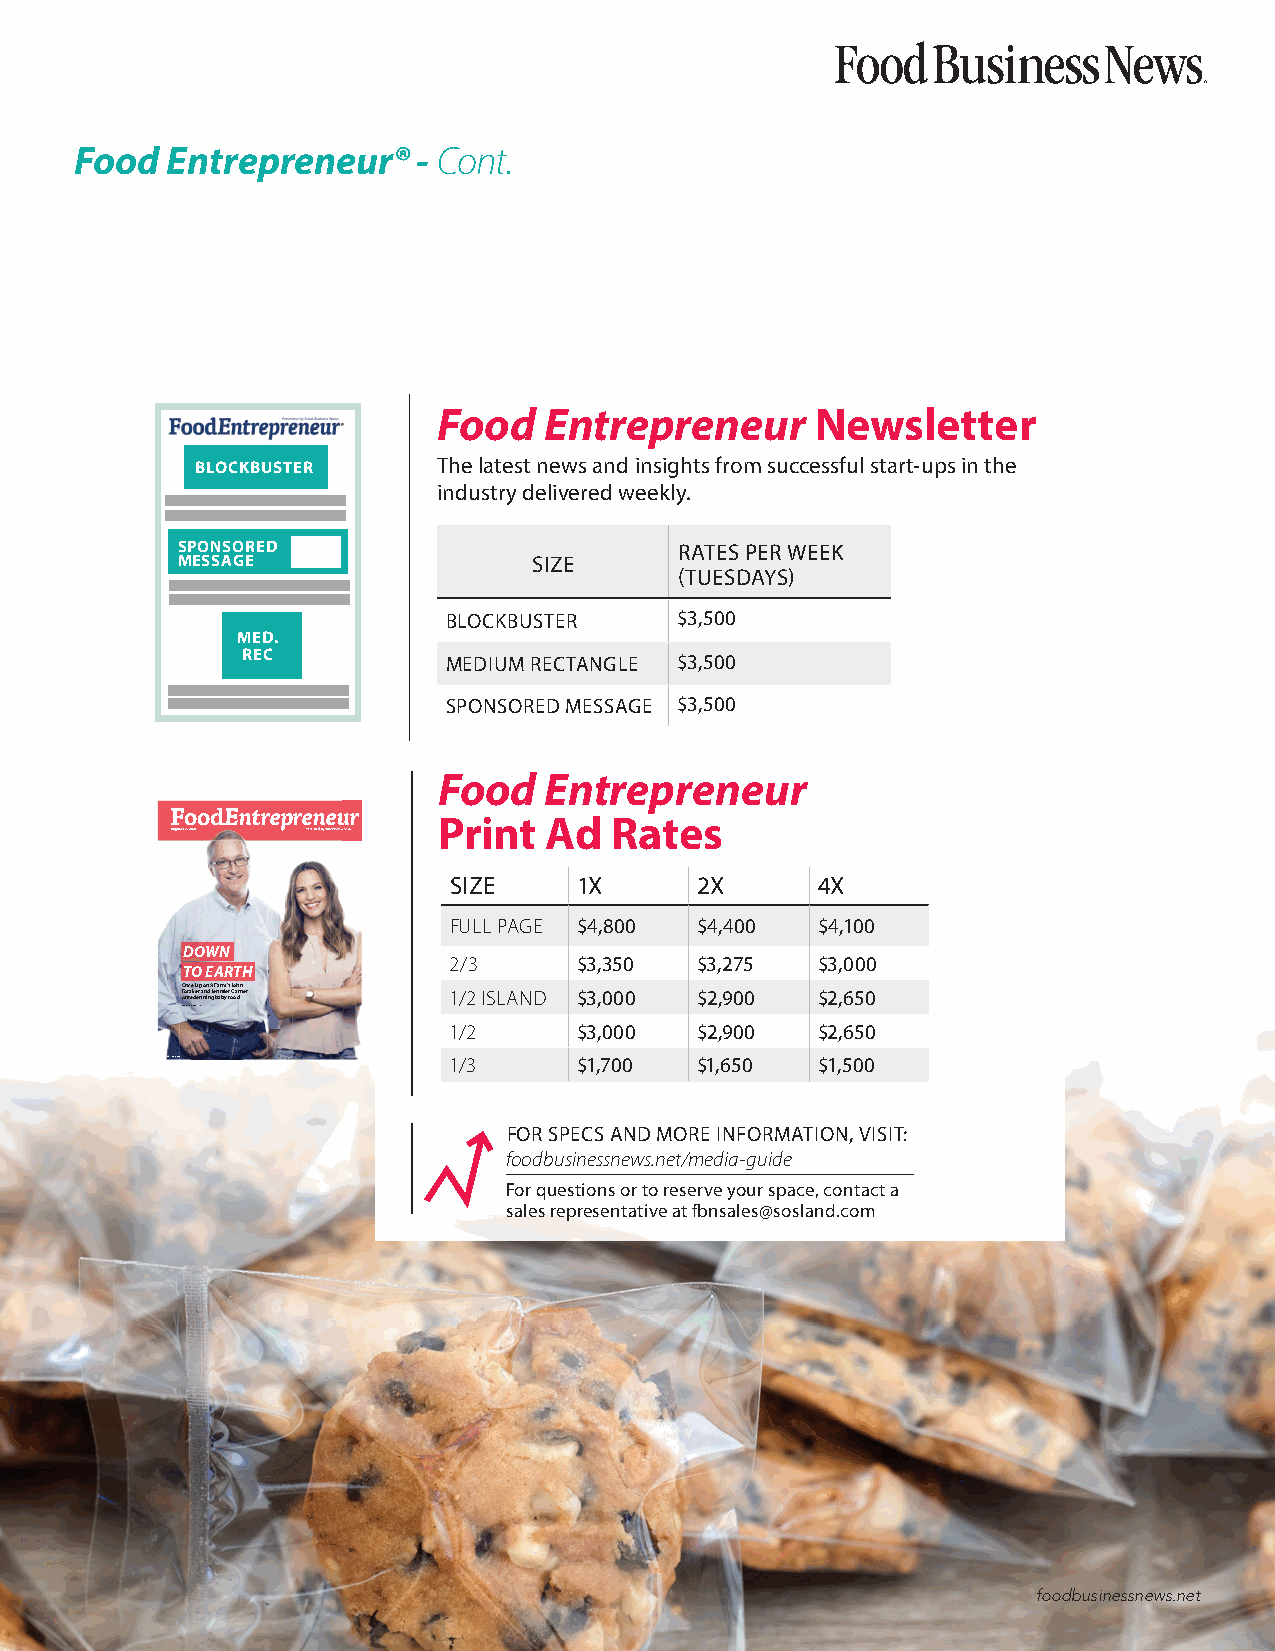
Food  Entrepreneur®    - Cont.
 Food   Entrepreneur      Newsletter
 BLOCKBUSTER     The latest news and insights from successful start-ups in the
 industry delivered weekly.
 SPONSORED                        RATES PER WEEK
 MESSAGE                SIZE
 (TUESDAYS)
 BLOCKBUSTER    $3,500
 MED.
 REC           MEDIUM RECTANGLE $3,500
 SPONSORED MESSAGE $3,500
 Food   Entrepreneur
 FoodEntrepreneur  Print  Ad  Rates
 August 17, 2021 Presented by Food Business News
 SIZE    1X      2X      4X
 FULL PAGE $4,800 $4,400 $4,100
 DOWN
 2/3     $3,350  $3,275  $3,000
 TO EARTH
 OFoonnr c raeekd eU erp fia o nnn idn A gJe F bna anr bmifye’ srf o JGo oah drnn er 1/2 ISLAND $3,000 $2,900 $2,650
 STORY ON PAGE 30
 1/2     $3,000  $2,900  $2,650
 ©ONCE UPON A FARM  1/3     $1,700  $1,650  $1,500
 002255__FFBBNN__AAuugguusstt1177__2211..iinndddd 3311 88//1133//22002211 99::2288::0077 AAMM
 FOR SPECS AND MORE INFORMATION, VISIT:
 foodbusinessnews.net/media-guide
 For questions or to reserve your space, contact a
 sales representative at fbnsales@sosland.com
 foodbusinessnews.net